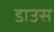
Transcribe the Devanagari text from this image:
डाउस